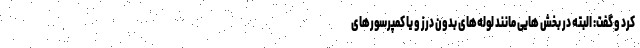
کرد و گفت: البته در بخش هایی مانند لوله‌های بدون درز و یا کمپرسورهای